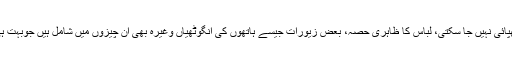
، لمبا قد، گوری رنگت اور اچھی آواز چھپائی نہیں جا سکتی، لباس کا ظاہری حصہ، بعض زیورات جیسے ہاتھوں کی انگوٹھیاں وغیرہ بھی اُن چیزوں میں شامل ہیں جوبہت ہی زحمت کے ساتھ چھپائی جا سکتی ہیں۔